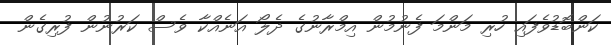
ކަންބޮޑުވެފައި ހުރި މަންމަ ފެނުމުން އިމްރާނުގެ ދެލޯ އަނެއްކާ ވެސް ކަރުނުން ފުރިގެން